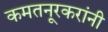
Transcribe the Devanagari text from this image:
कमतनूरकरांनी